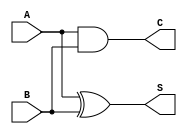
module half_adder(
    output S,C,
    input A,B
  );
  xor(S,A,B);
  and(C,A,B);
endmodule

module full_adder(
    output S,Cout,
    input A,B,Cin
  );
  wire s1,c1,c2;

  half_adder HA1(s1,c1,A,B);
  half_adder HA2(S,c2,s1,Cin);
  or OG1(Cout,c1,c2);
endmodule

module ripple_adder_4bit(
    output [3:0] Sum,
    output Cout,
    input [3:0] A,B,
    input Cin
    );
  wire c1,c2,c3;
  full_adder FA1(Sum[0],c1,A[0],B[0],Cin),
  FA2(Sum[1],c2,A[1],B[1],c1),
  FA3(Sum[2],c3,A[2],B[2],c2),
  FA4(Sum[3],Cout,A[3],B[3],c3);

endmodule